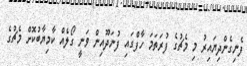
ފެނިގެންދިޔައިރު މި މެޗުގެ ފުރަތަމަ ހާފްގައި ފުނަދޫއިން ވަނީ ގޯލެއް ކާމިޔާބުކޮށް މެޗުގެ